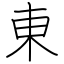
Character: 東